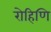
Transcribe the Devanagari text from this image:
रोहिणि